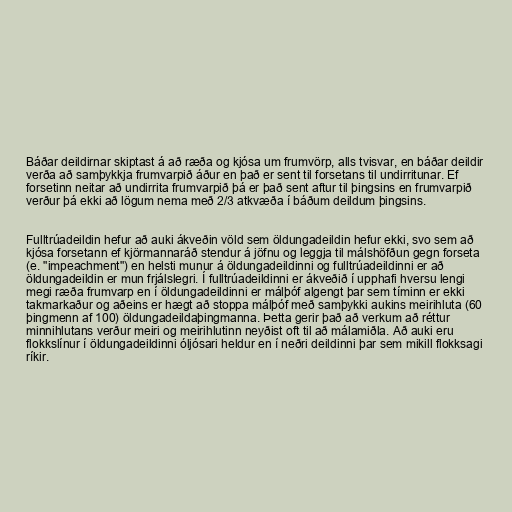
Báðar deildirnar skiptast á að ræða og kjósa um frumvörp, alls tvisvar, en báðar deildir
verða að samþykkja frumvarpið áður en það er sent til forsetans til undirritunar. Ef
forsetinn neitar að undirrita frumvarpið þá er það sent aftur til þingsins en frumvarpið
verður þá ekki að lögum nema með 2/3 atkvæða í báðum deildum þingsins.

Fulltrúadeildin hefur að auki ákveðin völd sem öldungadeildin hefur ekki, svo sem að
kjósa forsetann ef kjörmannaráð stendur á jöfnu og leggja til málshöfðun gegn forseta
(e. "impeachment") en helsti munur á öldungadeildinni og fulltrúadeildinni er að
öldungadeildin er mun frjálslegri. Í fulltrúadeildinni er ákveðið í upphafi hversu lengi
megi ræða frumvarp en í öldungadeildinni er málþóf algengt þar sem tíminn er ekki
takmarkaður og aðeins er hægt að stoppa málþóf með samþykki aukins meirihluta (60
þingmenn af 100) öldungadeildaþingmanna. Þetta gerir það að verkum að réttur
minnihlutans verður meiri og meirihlutinn neyðist oft til að málamiðla. Að auki eru
flokkslínur í öldungadeildinni óljósari heldur en í neðri deildinni þar sem mikill flokksagi
ríkir.